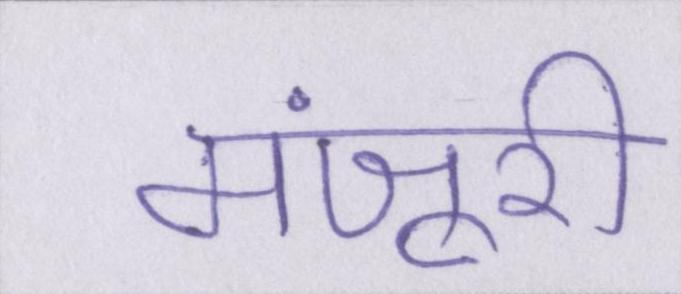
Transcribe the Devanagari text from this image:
मंजूरी